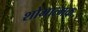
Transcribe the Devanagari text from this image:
शोभात्मक